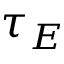
\tau _ { E }